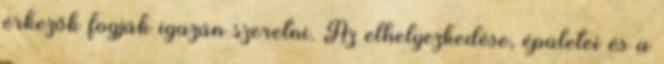
érkezők fogják igazán szeretni. Az elhelyezkedése, épületei és a